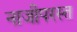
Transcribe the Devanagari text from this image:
नाजीपरस्त